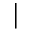
|